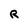
Character: R